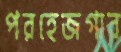
পরহেজগার